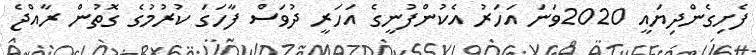
ފެށިގެންދިޔައީ 2020ވަނަ އަހަރު އެކުންފުނީގެ އަހަރީ ދުވަސް ފާހަގަ ކުރުމުގެ ގޮތުން ރާއްޖެ